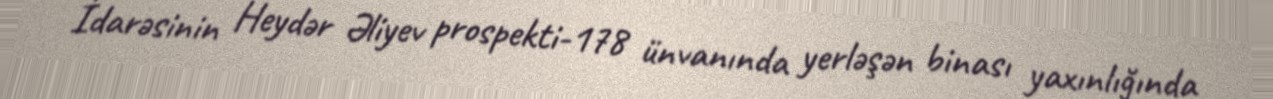
İdarəsinin Heydər Əliyev prospekti-178 ünvanında yerləşən binası yaxınlığında